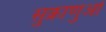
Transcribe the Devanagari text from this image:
सुक्राणुओं